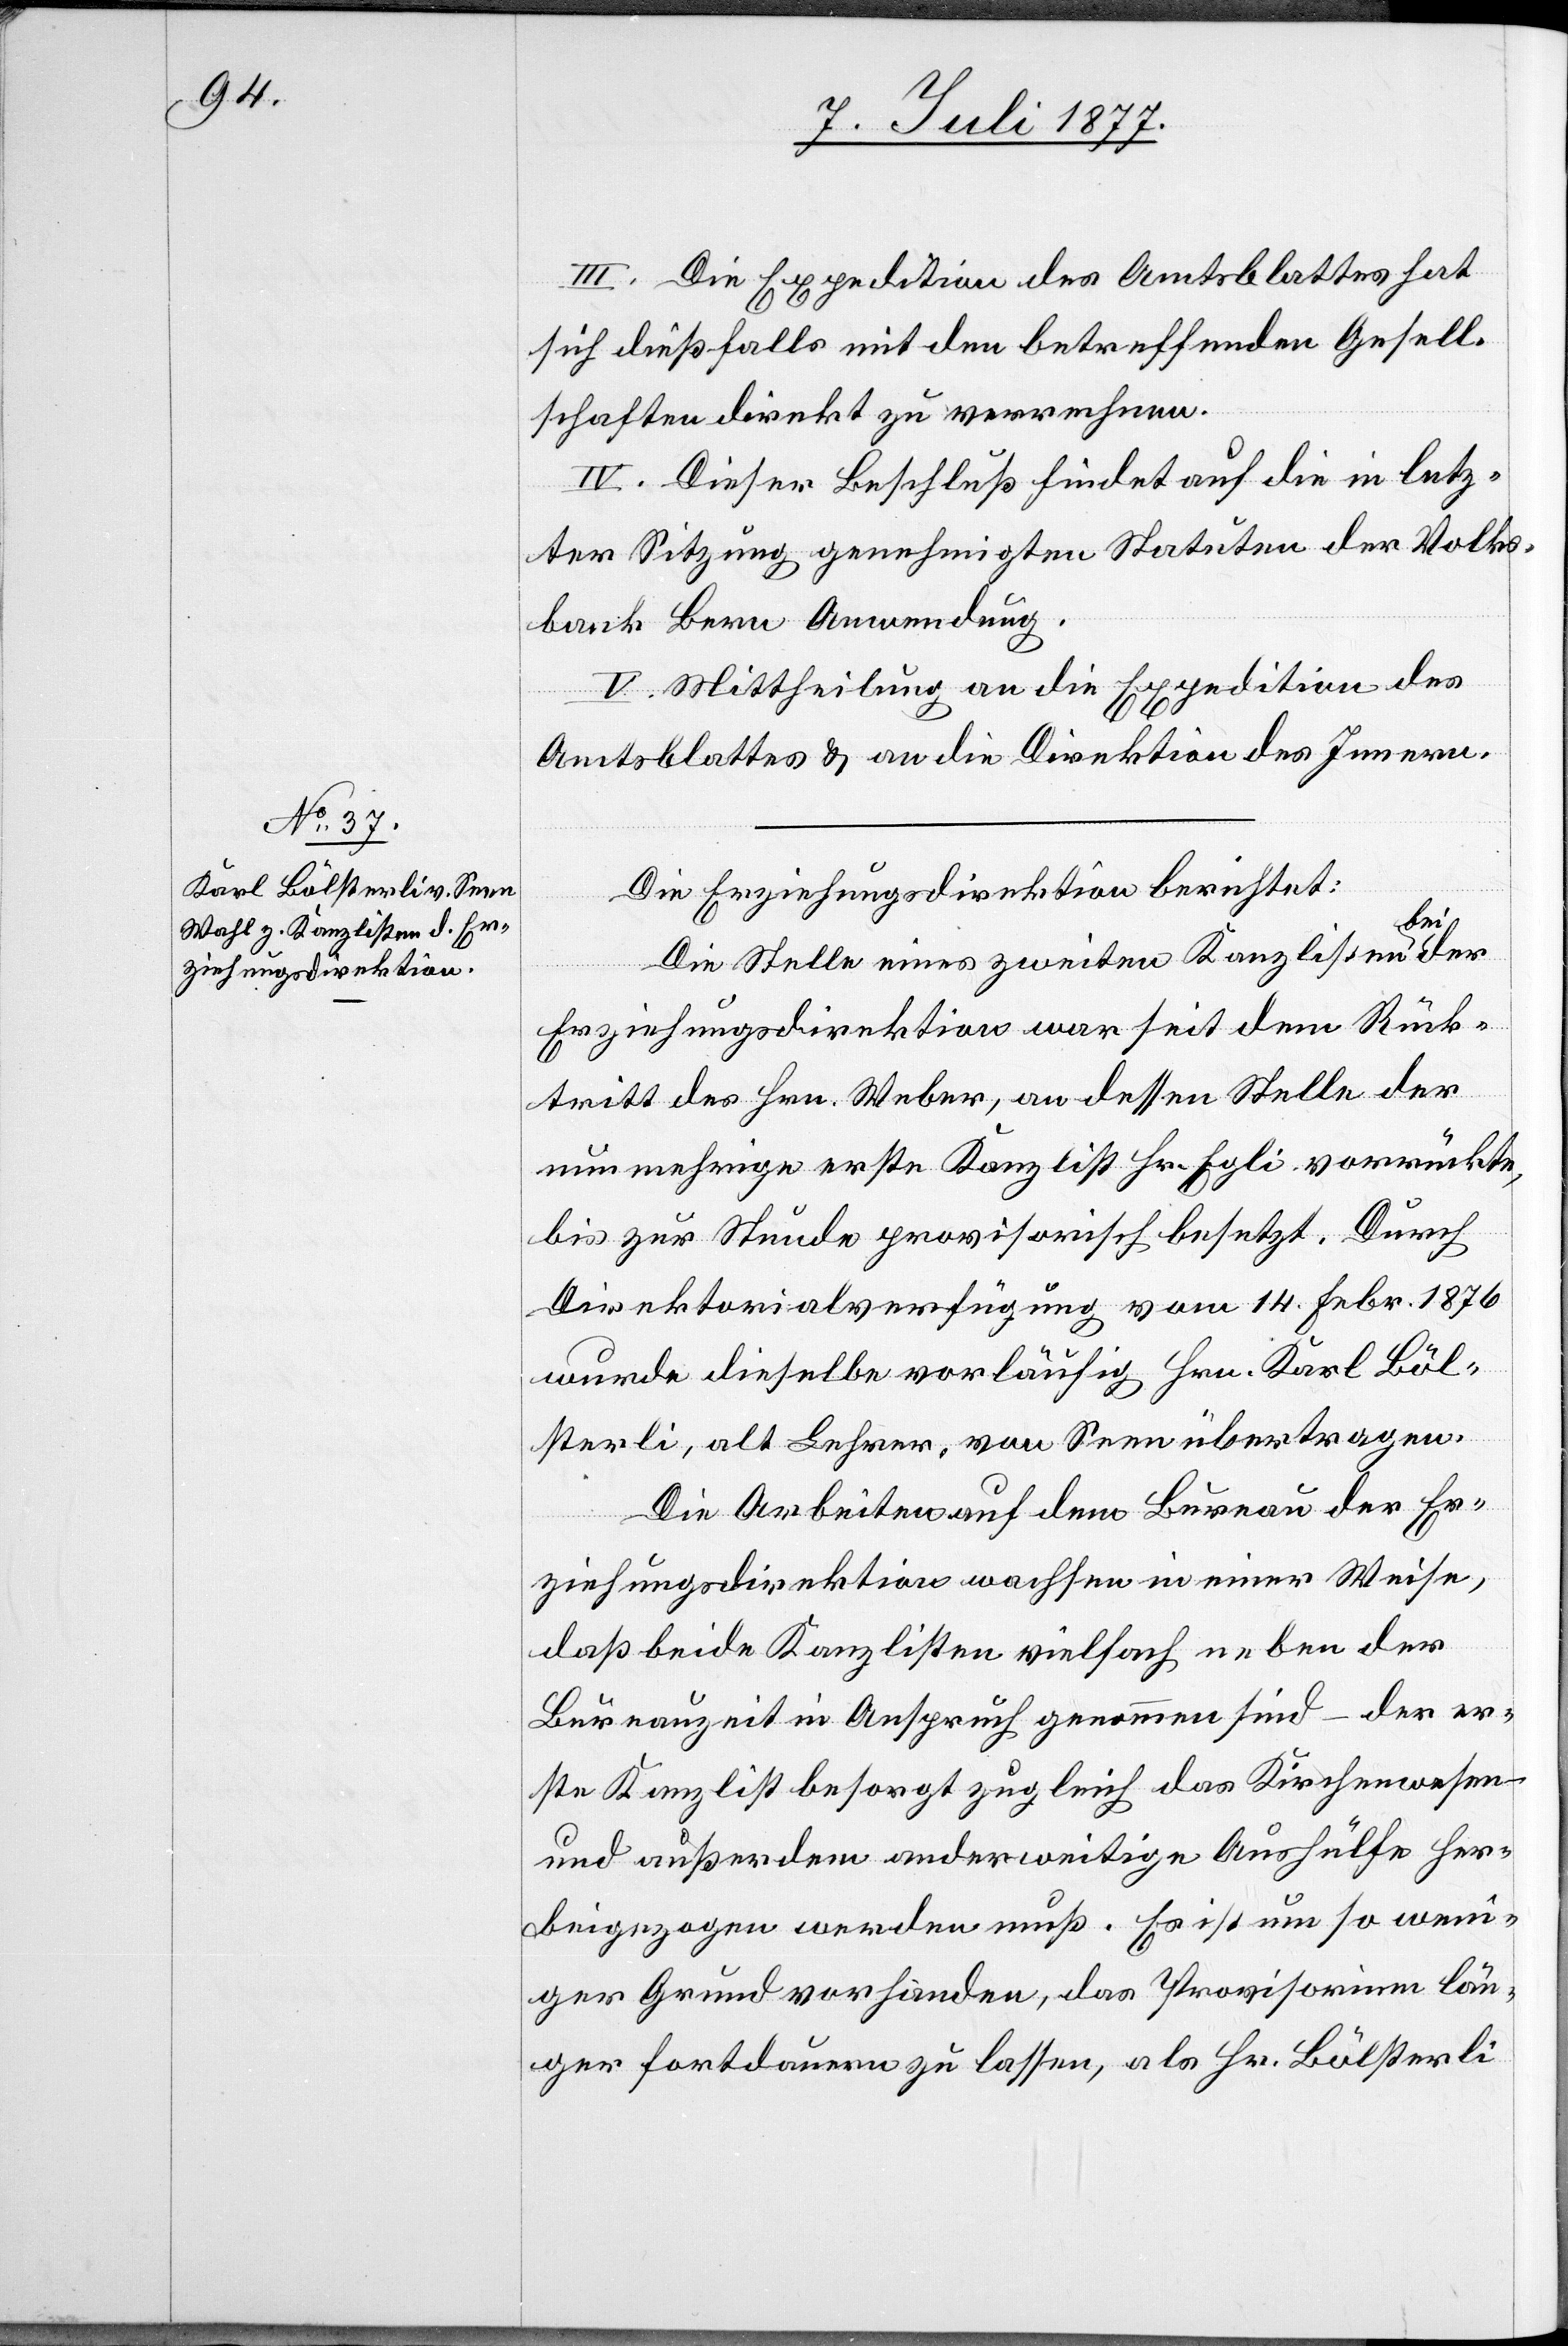
III. Die Expedition des Amtsblattes hat
sich dießfalls mit den betreffenden Gesell¬
schaften direkt zu verrechnen.
IV. Dieser Beschluß findet auf die in letz¬
ter Sitzung genehmigten Statuten der Volks¬
bank Bern Anwendung.
V. Mittheilung an die Expedition des
Amtsblattes & an die Direktion des Innern.
Die Erziehungsdirektion berichtet:
der
Die Stelle eines zweiten Kanzlisten bei
Erziehungsdirektion war seit dem Rück¬
tritt des Hrn. Weber, an dessen Stelle der
nunmehrige erste Kanzlist Hr. Egli vorrückte,
bis zur Stunde provisorisch besetzt. Durch
Direktorialverfügung vom 14. Febr. 1876
wurde dieselbe vorläufig Hrn. Karl Böl¬
sterli, alt Lehrer, von Seen übertragen.
Die Arbeiten auf dem Bureau der Er¬
ziehungsdirektion wachsen in einer Weise,
daß beide Kanzlisten vielfach neben der
Bureauzeit in Anspruch genommen sind – der er¬
ste Kanzlist besorgt zugleich das Kirchenwesen
und außerdem anderweitige Aushülfe her¬
beigezogen werden muß. Es ist um so wen¬
iger Grund vorhanden, das Provisorium län¬
ger fortdauern zu lassen, als Hr. Bölsterli